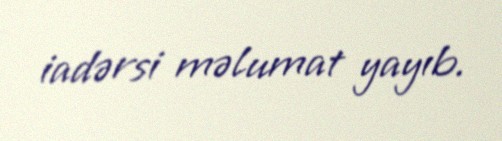
iadərsi məlumat yayıb.